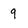
Character: 9